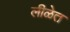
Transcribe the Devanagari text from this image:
लीळेत